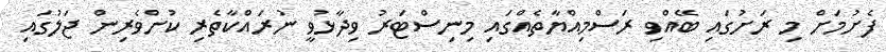
ފެށުމަށް މި ރަށުގައި ބޭއްވި ރަސްމިއްޔާތެއްގައި މިނިސްޓަރު ވިދާޅުވީ ނުރައްކާތެރި ކުށްވެރިން ޖަލުގައި